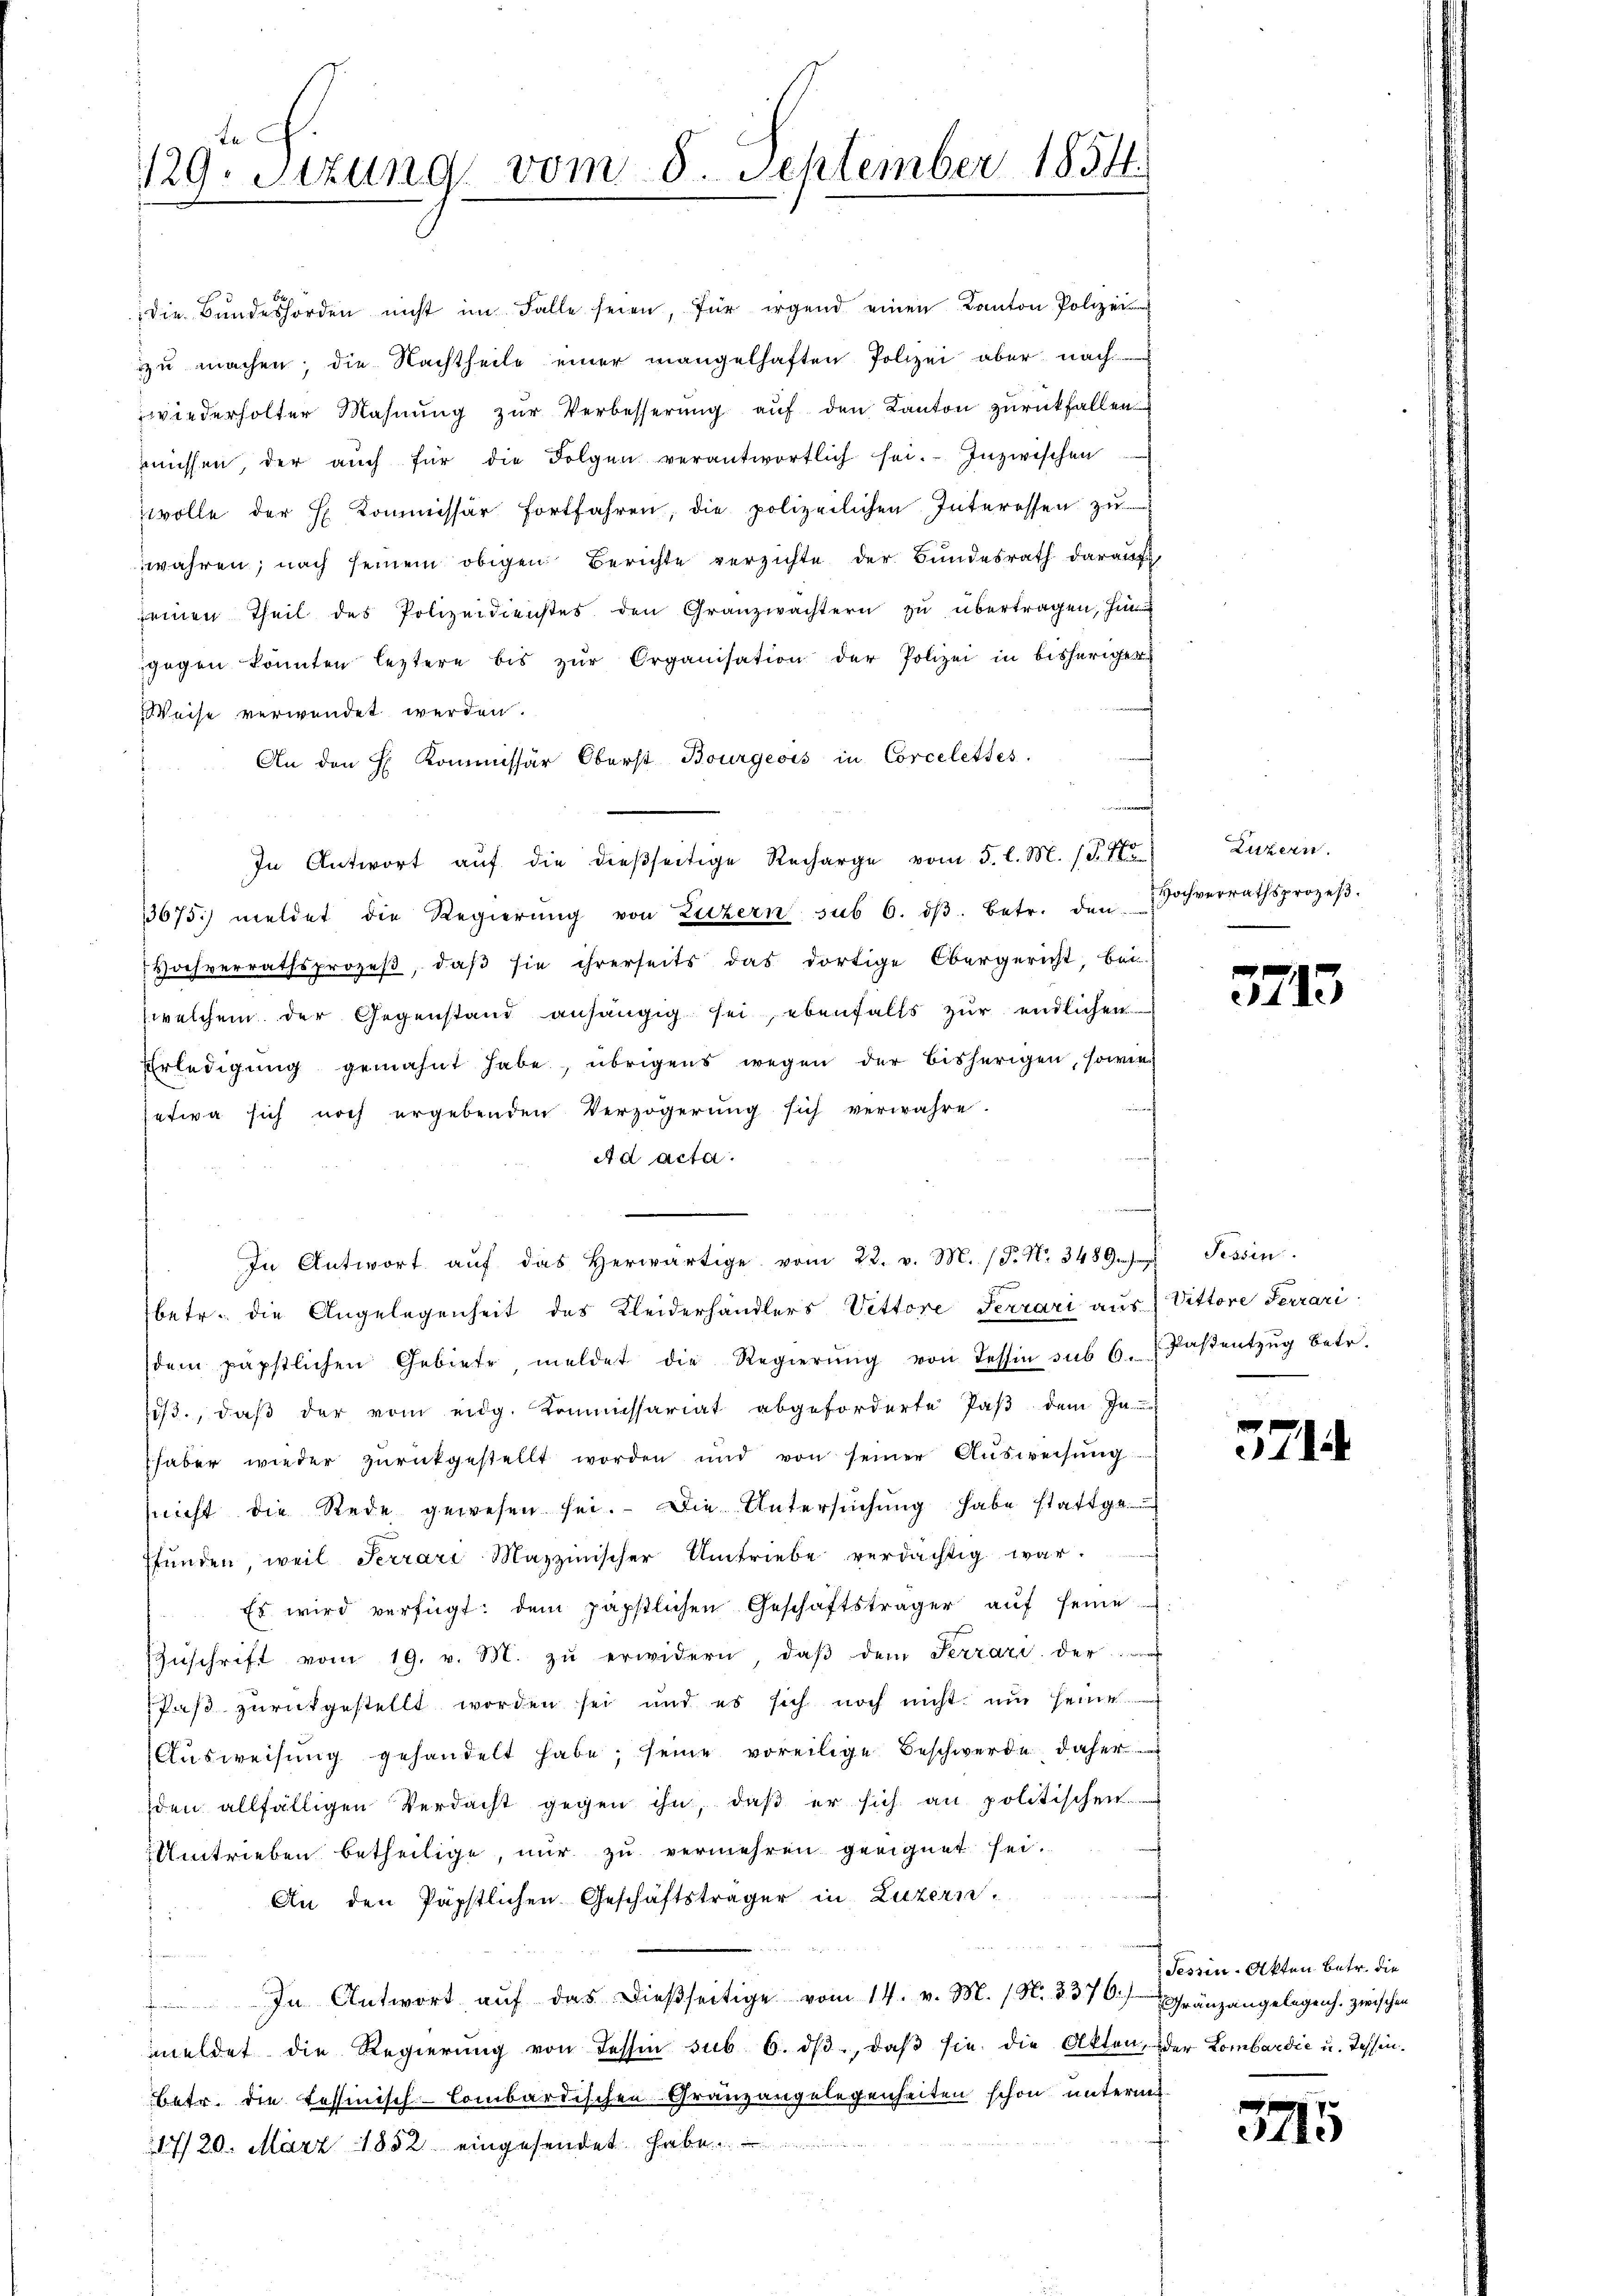
.
129. Sizung vom 5. September 1854.

rüssen, der aŭch für die Folgen verantwortlich sei. Inzwischen
wolle der E. Kommissär fortfahren, die polizeilichen Interessen zu
wahren; nach seinem obigen Berichte verzichte der Bundesrath darauf
seinen Theil des Polizeidienstes den Granzwachtern zŭ übertragen, hi
gegen könnten leztere bis zŭr Organisation der Polizei in bisheriger
Weise verwendet werden.
An den E. Kommissär Oberst Bourgeois in Corcelettes.
n
In Antwort aŭf die dießseitige Recharge vom 5. l. M. (T. 4t Luzern.
13675) meldet die Regierŭng von Luzern sub 6. dβ. betr. den Hochverrathsprozeβ-
Hochverrathsprozeß, daß sie ihrerseits das dortige Obergericht, bei
welchem der Gegenstand anhängig sei, ebenfalls zur endlichen
Erledigŭng gemahnt habe, übrigens wegen der bisherigen, sowie
etwa sich noch ergebenden Verzögerung sich verwahre.
A d acta.
In Antwort aŭf das herwärtige vom 22. v. M. (T. No. 3489. Tessin
betr. die Angelegenheit des Kleiderhändlers Vettere Terrari aus) Vittore Ferrari
dem päpstlichen Gebiete meldet die Regierŭng von Tessin sub 6. Paβentzŭg betr.
13., daß der vom eidg. Kommissariat abgeforderte Paß dem In-
haber wieder zŭrückgestellt worden und von seiner Aŭsweisŭng
(nicht die Rede gewesen sei. Die Untersuchung habe stattge
fŭnden, weil Ferrari Mazzinischer Umtriebe verdächtig war.
Es wird verfügt: dem päpstlichen Geschäftsträger aŭf seine
Zŭschrift vom 19. v. M. zŭ erwidern, daβ dem Terrari der
Paß zurückgestellt worden sei und es sich noch nicht um seine
Ausweisung gehandelt habe; seine voreilige Beschwerde, daher
den allfälligen Verdacht gegen ihn, daβ er sich an politischen
Umtrieben betheilige, nur zu vermehren geeignet sei.
An den Päpstlichen Geschäftsträger in Luzern.
In Antwort aŭf das dieβseitige vom 14. v. M. (N. 2376) Gränzangelegens. zwischen
meldet die Regierung von Tessin sub 6. dβ, daβ sie die Akten, der Lombardić u. Tessinbetr. die Tessinisch-Combardischen Grauzangelegenheiten schon untermet-
17/20. März 1852 eingesendet. Habe

die Bŭndeshörden nicht im Falle seien, für irgend einen Kanton Polize
zu machen, die Nachtheile einer mangelhaften Polizei aber nach
wiederholter Mahnung zur Verbesserung auf den Kanton zurückfallen.

.

e
3113

571

Tessin. Akten betr. die

3115